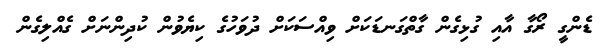
ޑެންގީ ރޯގާ އާއި ގުޅިގެން ގާތްގަނޑަކަށް ވިއްސަކަށް ދުވަހުގެ ކިޔެވުން ކުދިންނަށް ގެއްލިގެން